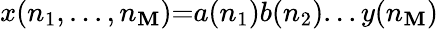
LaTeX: x(n_{1},...,n_{\mathbf{M}}){=}a(n_{1})b(n_{2})...y(n_{\mathbf{M}})